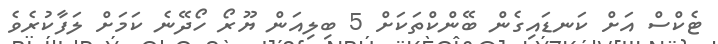
ޓެކްސް އަށް ކަނޑައިގެން ބޭންކްތަކަށް 5 ބިލިއަން ޔޫރޯ ހޯދޭނެ ކަމަށް ލަފާކުރެވެ